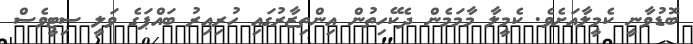
ބޮޑުވާނީ ކެމީލާއަށެވެ. ކެމީލާ މާމަމެން ދެކޭހިތުން އިންތިޒާރުގައި ހުރިއިރު ބައްޕަގެ ވަލީ ސިޓީވެސް